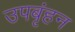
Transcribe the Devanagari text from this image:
उपबृंहन